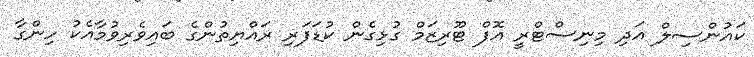
ކައުންސިލް އަދި މިނިސްޓްރީ އޮފް ޓޫރިޒަމް ގުޅިގެން ކުޑަފަރި ރައްޔިތުންގެ ބައިވެރިވުމާއެކު ހިންގާ